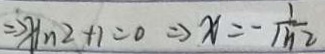
\Rightarrow X I n ^ { 2 } + 1 = 0 \Rightarrow x = - \frac { 1 } { m 2 }